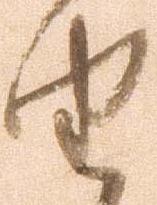
由